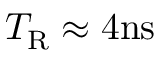
T _ { \mathrm { R } } \approx 4 \mathrm { n s }